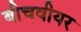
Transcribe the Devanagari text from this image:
बीचवीयर